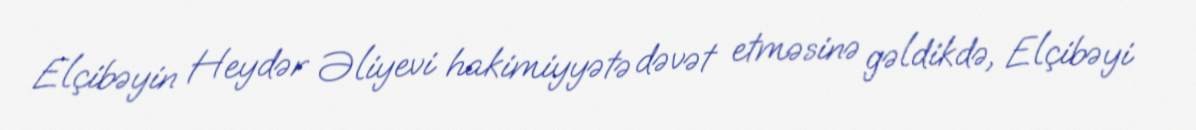
Elçibəyin Heydər Əliyevi hakimiyyətə dəvət etməsinə gəldikdə, Elçibəyi